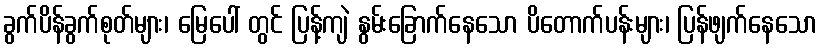
ခွက်ပိန်ခွက်စုတ်များ၊ မြေပေါ် တွင် ပြန့်ကျဲ နွမ်းခြောက်နေသော ပိတောက်ပန်းများ၊ ပြန်ဖျက်နေသော